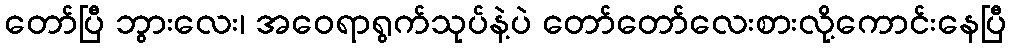
တော်ပြီ ဘွားလေး၊ အဝေရာရွက်သုပ်နဲ့ပဲ တော်တော်လေးစားလို့ကောင်းနေပြီ